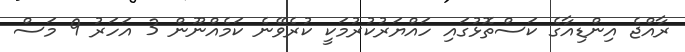
ރާއްޖެ އިންޑިއާގެ ކަސްތޮޅުގައި ހައްޔަރުކުރުމަކީ ކުރެވޭނެ ކަމެއްނޫން 3 އަހަރު 9 މަސް